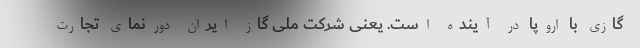
گازی با اروپا در آینده است. یعنی شرکت ملی گاز ایران دورنمای تجارت